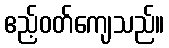
ဧည့်ဝတ်ကျေသည်။